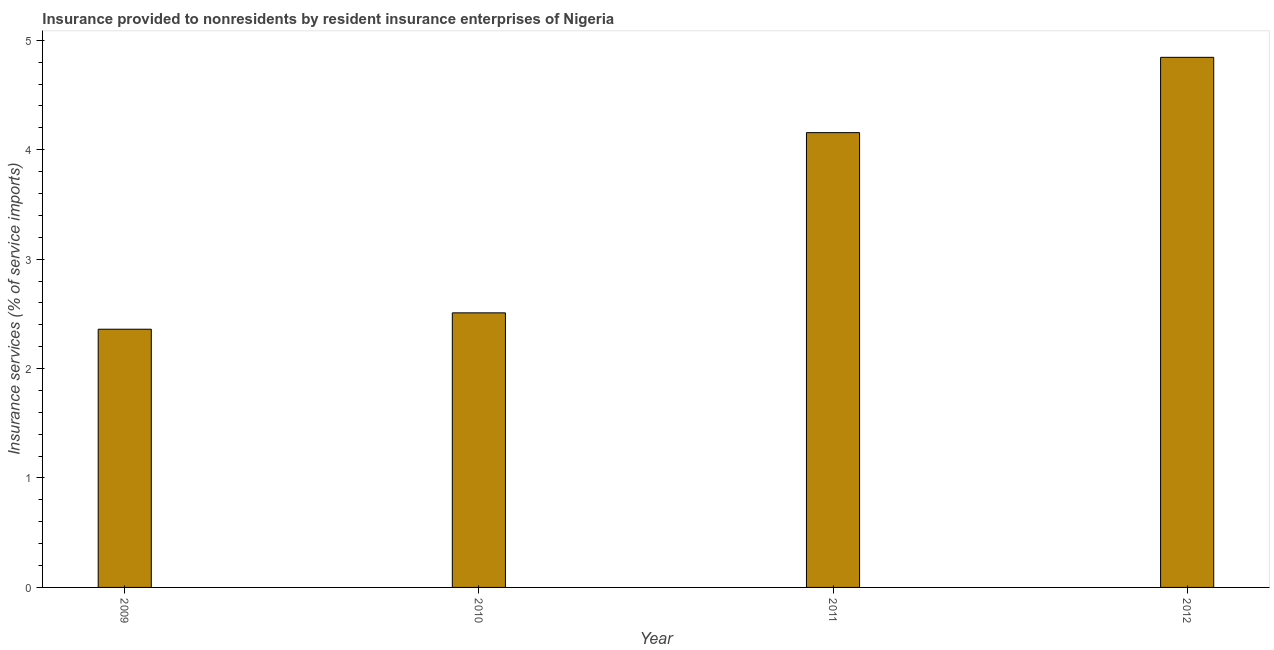
| Year | Insurance and financial services |
 | --- | --- |
 | 2009 | 2.36 |
 | 2010 | 2.51 |
 | 2011 | 4.16 |
 | 2012 | 4.84 |